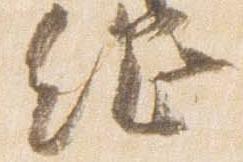
綱